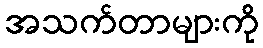
အသက်တာများကို